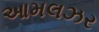
આમલઝર